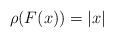
LaTeX: \begin{align*}\rho(F(x))= |x|\end{align*}